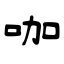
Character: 咖